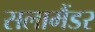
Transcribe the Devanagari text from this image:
सलामैंडर